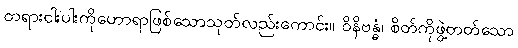
တရားငါးပါးကိုဟောရာဖြစ်သောသုတ်လည်းကောင်း။ ဝိနိဗန္ဓံ၊ စိတ်ကိုဖွဲ့တတ်သော